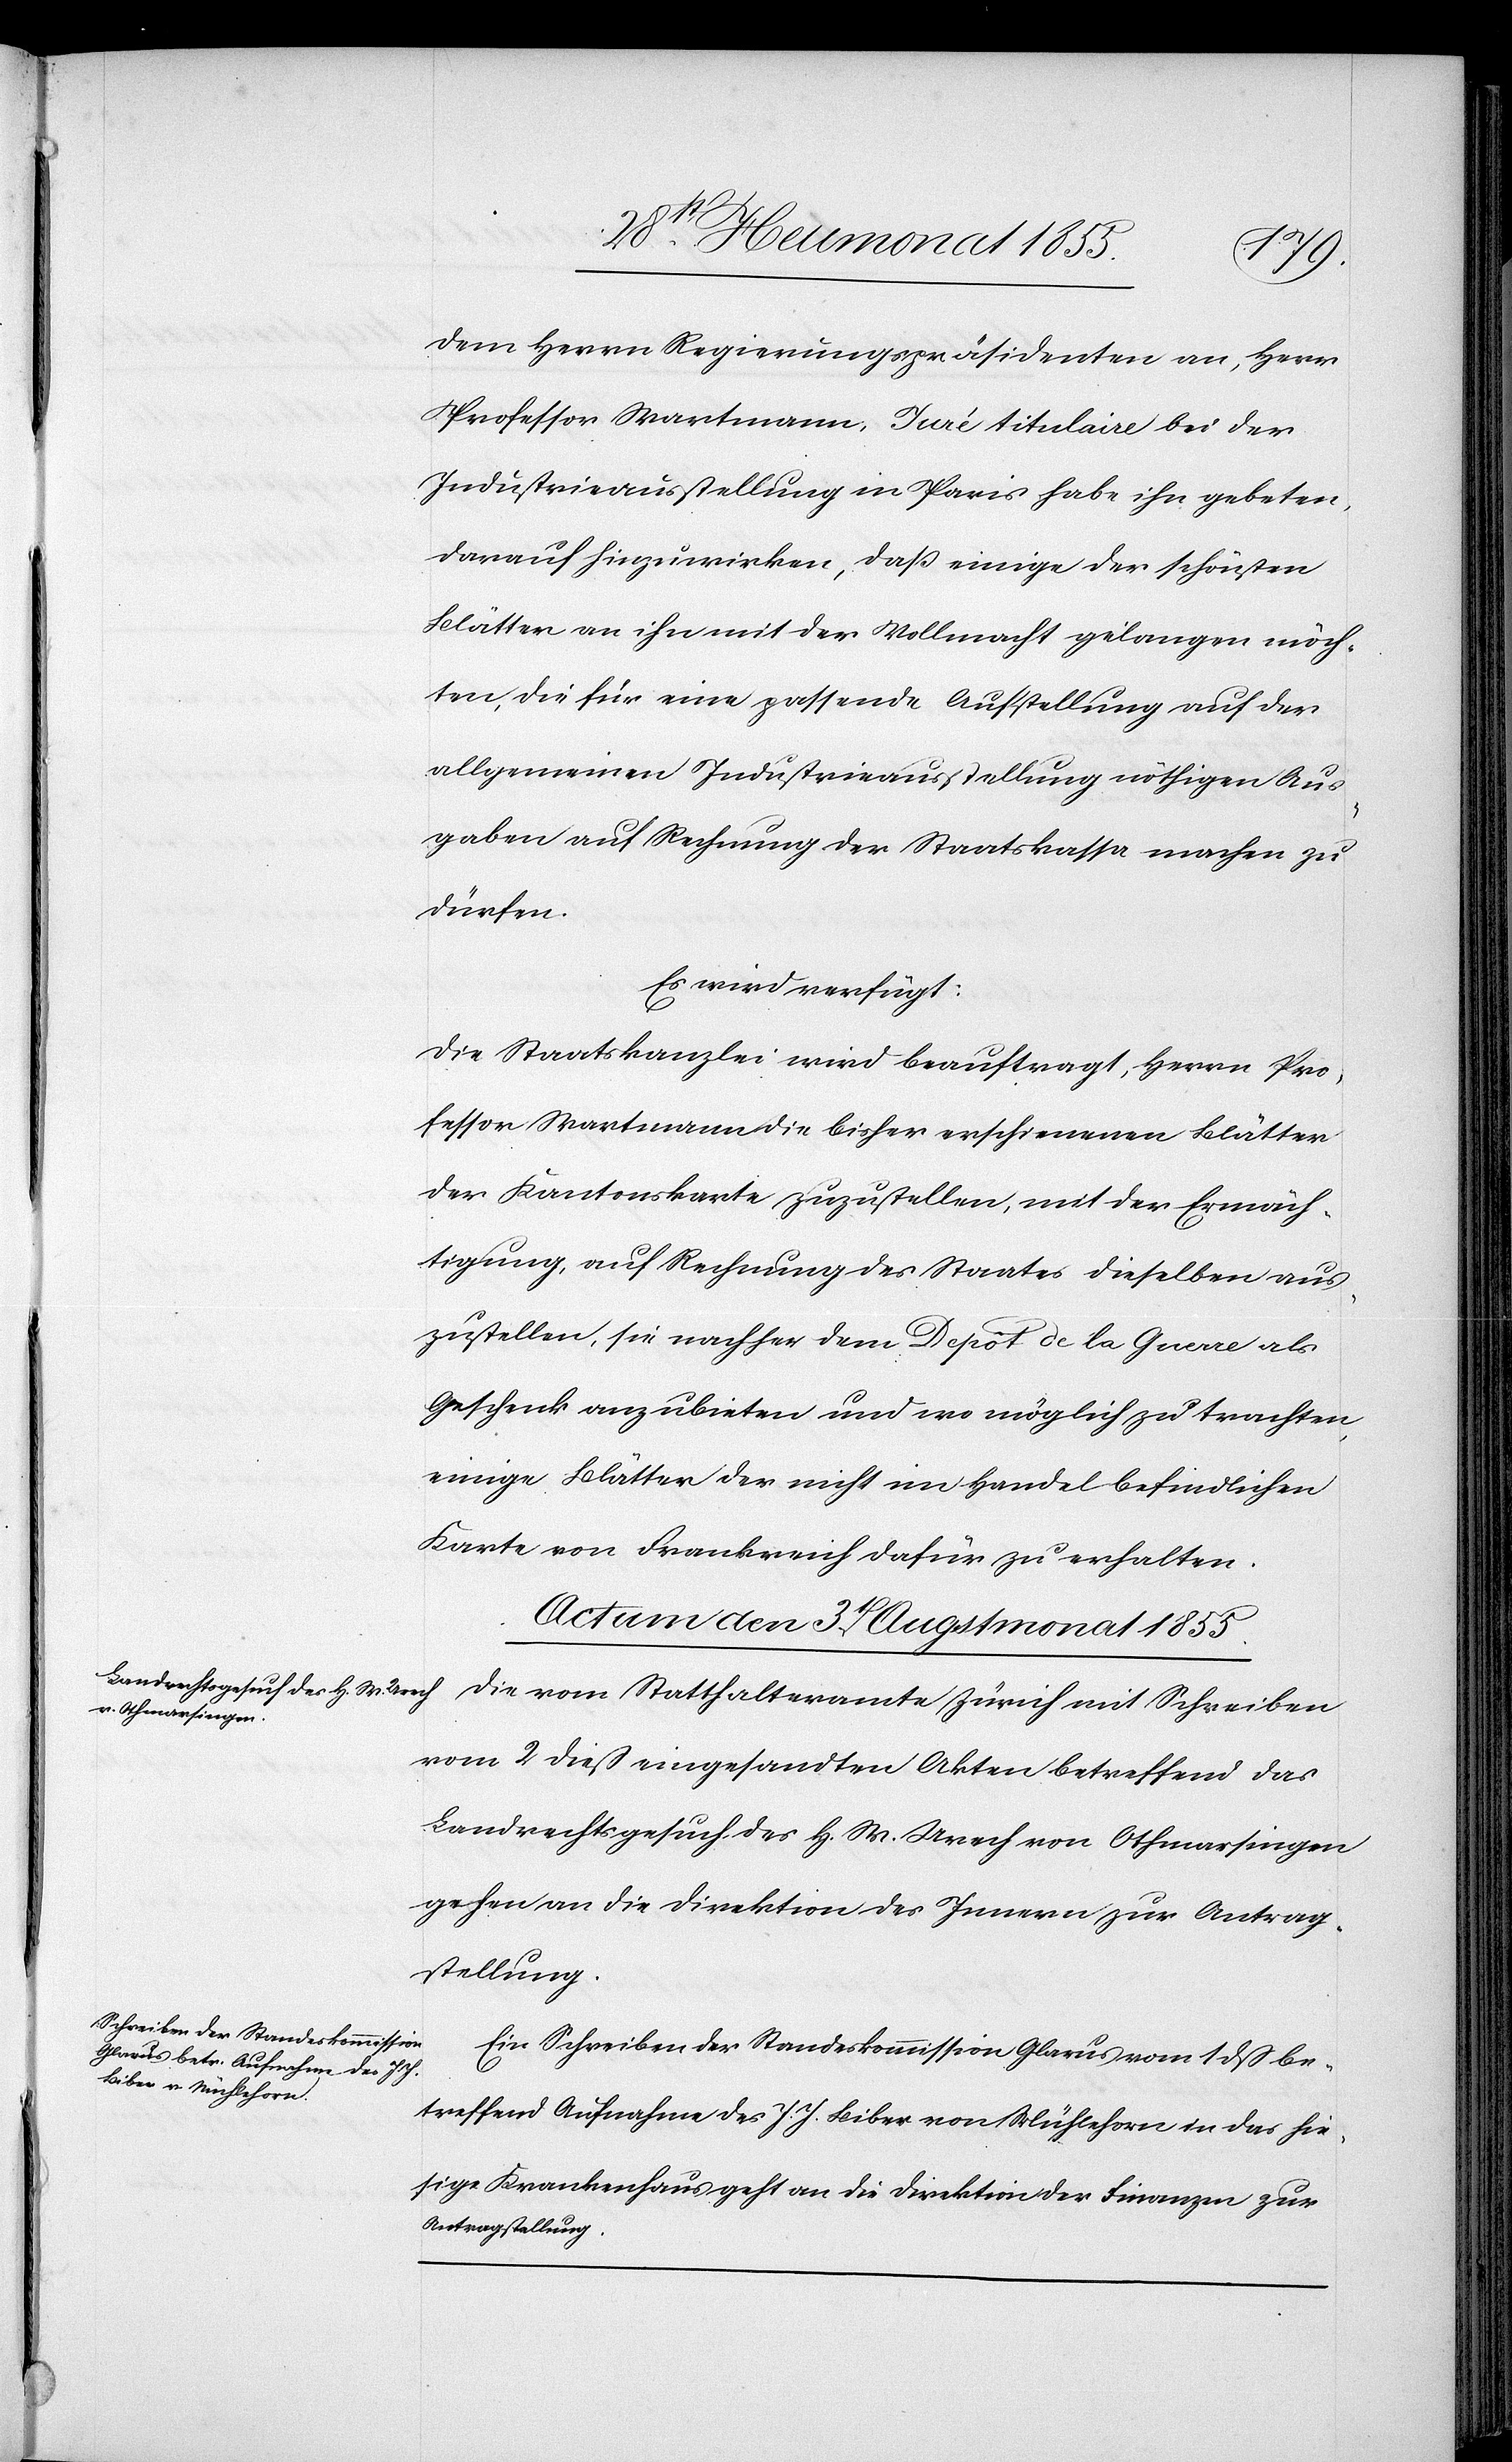
dem Herrn Regierungspräsidenten an, Herr
Professor Wartmann, Juré titulaire bei der
Industrieausstellung in Paris habe ihn gebeten,
darauf hinzuwirken, daß einige der schönsten
Blätter an ihn mit der Vollmacht gelangen möch¬
ten, die für eine passende Aufstellung auf der
allgemeinen Industrieausstellung nöthigen Aus¬
gaben auf Rechnung der Staatskassa machen zu
dürfen.
Es wird verfügt:
Die Staatskanzlei wird beauftragt, Herrn Pro¬
fessor Wartmann die bisher erschienenen Blätter
der Kantonskarte zuzustellen, mit der Ermäch¬
tigung, auf Rechnung des Staates dieselben aus¬
zustellen, sie nachher dem Depot de la Guerre als
Geschenk anzubieten und wo möglich zu trachten,
einige Blätter der nicht im Handel befindlichen
Karte von Frankreich dafür zu erhalten.
Actum den 3t Augstmonat 1855.]
Die vom Statthalteramte Zürich mit Schreiben
vom 2 dieß eingesandten Akten betreffend das
Landrechtsgesuch des H. W. Urech von Othmarsingen
gehen an die Direktion des Innern zur Antrag¬
stellung.
Ein Schreiben der Standeskommission Glarus vom 1 dß be¬
treffend Aufnahme des J. J. Biber von Mühlehorn in das hie¬
sige Krankenhaus geht an die Direktion der Finanzen zur
Antragstellung.